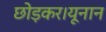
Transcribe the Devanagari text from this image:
छोड़कर।यूनान